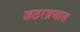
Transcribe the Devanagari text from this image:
जठरव्रणास